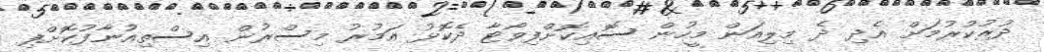
ދުރުކުރުމަށް އެދި ދެ މިލިއަން މީހުން ސޮއިކޮށްފިވޯޓާ ދެކޮޅު އަމުރު މިސްރުން އިސްތިއުނާފުކޮށްފި